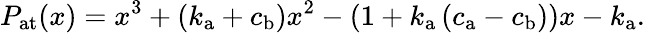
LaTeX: P_{\mathrm{at}}(x)=x^{3}+\left(k_{\mathrm{a}}+c_{\mathrm{b}}\right)x^{2}-\left(1+k_{\mathrm{a}}\left(c_{\mathrm{a}}-c_{\mathrm{b}}\right)\right)x-k_{\mathrm{a}}.